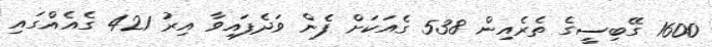
1600 ގޭބިސީގެ ތެރެއިން 538 ގެއަކަށް ފެން ވަދެފައިވާ އިރު 421 ގެއެއްގައި